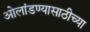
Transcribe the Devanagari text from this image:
ओलांडण्यासाठीच्या